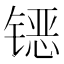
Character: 𰾪